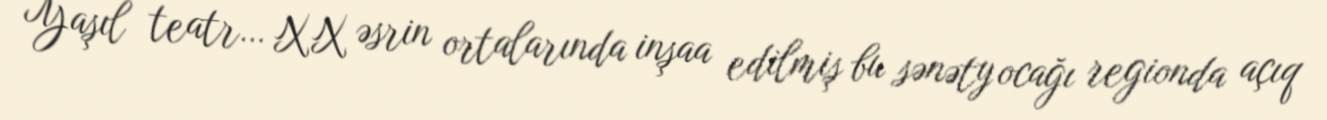
Yaşıl teatr… XX əsrin ortalarında inşaa edilmiş bu sənəty ocağı regionda açıq